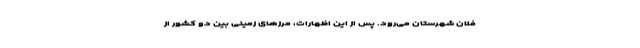
فلان شهرستان می‌رود. پس از این اظهارات، مرزهای زمینی بین دو کشور از